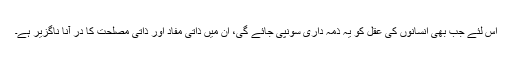
اس لئے جب بھی انسانوں کی عقل کو یہ ذمہ داری سونپی جائے گی، ان میں ذاتی مفاد اور ذاتی مصلحت کا در آنا ناگزیر ہے۔